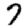
Digit: 7